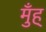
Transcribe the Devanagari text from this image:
मुँह्